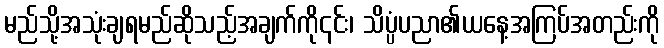
မည်သို့အသုံးချရမည်ဆိုသည့်အချက်ကို၎င်း၊ သိပ္ပံပညာ၏ယနေ့အကြပ်အတည်းကို